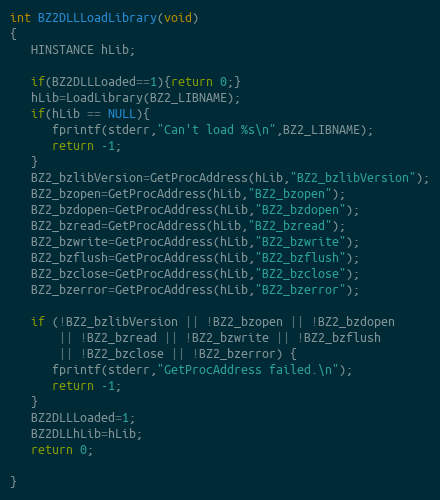
Language: C
int BZ2DLLLoadLibrary(void)
{
   HINSTANCE hLib;

   if(BZ2DLLLoaded==1){return 0;}
   hLib=LoadLibrary(BZ2_LIBNAME);
   if(hLib == NULL){
      fprintf(stderr,"Can't load %s\n",BZ2_LIBNAME);
      return -1;
   }
   BZ2_bzlibVersion=GetProcAddress(hLib,"BZ2_bzlibVersion");
   BZ2_bzopen=GetProcAddress(hLib,"BZ2_bzopen");
   BZ2_bzdopen=GetProcAddress(hLib,"BZ2_bzdopen");
   BZ2_bzread=GetProcAddress(hLib,"BZ2_bzread");
   BZ2_bzwrite=GetProcAddress(hLib,"BZ2_bzwrite");
   BZ2_bzflush=GetProcAddress(hLib,"BZ2_bzflush");
   BZ2_bzclose=GetProcAddress(hLib,"BZ2_bzclose");
   BZ2_bzerror=GetProcAddress(hLib,"BZ2_bzerror");

   if (!BZ2_bzlibVersion || !BZ2_bzopen || !BZ2_bzdopen
       || !BZ2_bzread || !BZ2_bzwrite || !BZ2_bzflush
       || !BZ2_bzclose || !BZ2_bzerror) {
      fprintf(stderr,"GetProcAddress failed.\n");
      return -1;
   }
   BZ2DLLLoaded=1;
   BZ2DLLhLib=hLib;
   return 0;

}